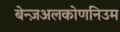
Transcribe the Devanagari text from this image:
बेन्ज़अलकोणनिउम